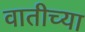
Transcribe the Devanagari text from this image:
वातीच्या